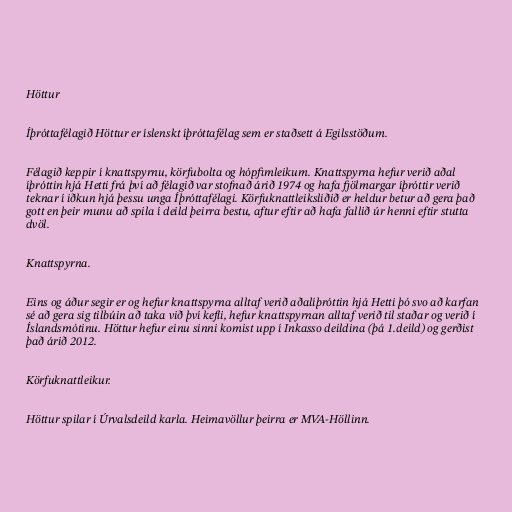
Höttur

Íþróttafélagið Höttur er íslenskt íþróttafélag sem er staðsett á Egilsstöðum.

Félagið keppir í knattspyrnu, körfubolta og hópfimleikum. Knattspyrna hefur verið aðal
íþróttin hjá Hetti frá því að félagið var stofnað árið 1974 og hafa fjölmargar íþróttir verið
teknar í iðkun hjá þessu unga Íþróttafélagi. Körfuknattleiksliðið er heldur betur að gera það
gott en þeir munu að spila í deild þeirra bestu, aftur eftir að hafa fallið úr henni eftir stutta
dvöl.

Knattspyrna.

Eins og áður segir er og hefur knattspyrna alltaf verið aðalíþróttin hjá Hetti þó svo að karfan
sé að gera sig tilbúin að taka við því kefli, hefur knattspyrnan alltaf verið til staðar og verið í
Íslandsmótinu. Höttur hefur einu sinni komist upp í Inkasso deildina (þá 1.deild) og gerðist
það árið 2012.

Körfuknattleikur.

Höttur spilar í Úrvalsdeild karla. Heimavöllur þeirra er MVA-Höllinn.